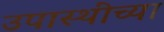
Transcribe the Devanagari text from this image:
उपास्थींच्या